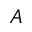
A